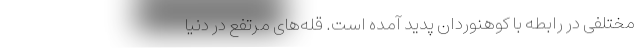
مختلفی در رابطه با کوهنوردان پدید آمده است. قله‌های مرتفع در دنیا